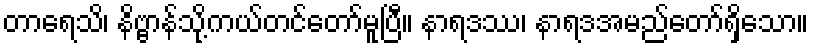
တာရေသိ၊ နိဗ္ဗာန်သို့ကယ်တင်တော်မူပြီ။ နာရဒဿ၊ နာရဒအမည်တော်ရှိသော။